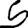
Digit: 5